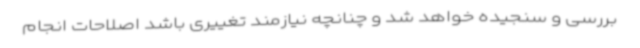
بررسی و سنجیده خواهد شد و چنانچه نیازمند تغییری باشد اصلاحات انجام